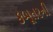
કબૂતરની